Vaccination North-Western Provinces 1866-1877 - 1866-1877
Year: 1866
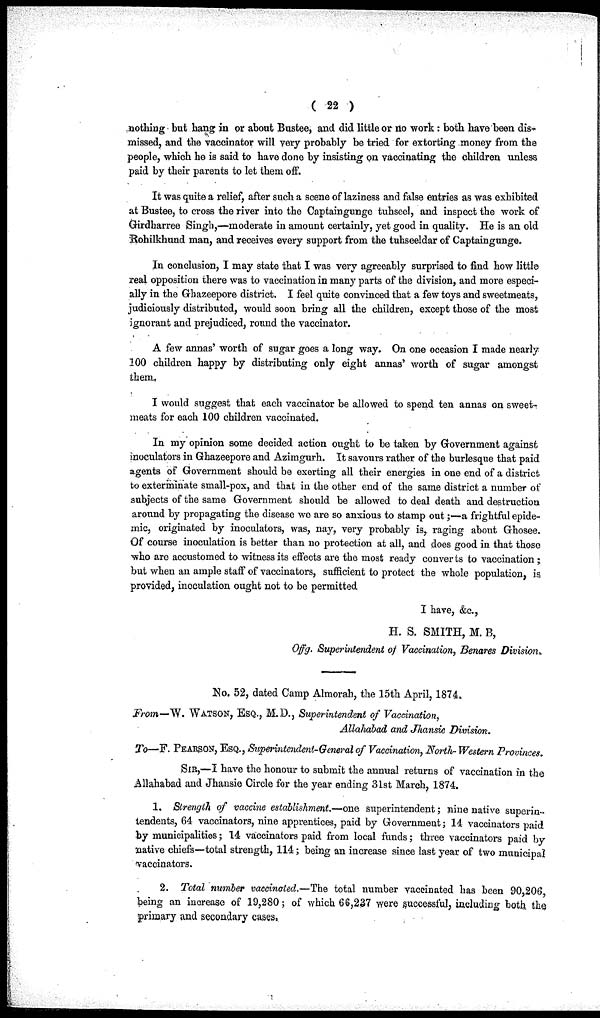
( 22 )
nothing but hang in or about Bustee, and did little or no work: both have been dis-
missed, and the vaccinator will very probably be tried for extorting money from the
people, which he is said to have done by insisting on vaccinating the children unless
paid by their parents to let them off.
It was quite a relief, after such a scene of laziness and false entries as was exhibited
at Bustee, to cross the river into the Captaingunge tuhseel, and inspect the work of
Girdharree Singh,—moderate in amount certainly, yet good in quality. He is an old
Rohilkhund man, and receives every support from the tuhseeldar of Captaingunge.
In conclusion, I may state that I was very agreeably surprised to find how little
real opposition there was to vaccination in many parts of the division, and more especi-
ally in the Ghazeepore district. I feel quite convinced that a few toys and sweetmeats,
judiciously distributed, would soon bring all the children, except those of the most
ignorant and prejudiced, round the vaccinator.
A few annas' worth of sugar goes a long way. On one occasion I made nearly
100 children happy by distributing only eight annas' worth of sugar amongst
them,
I would suggest that each vaccinator be allowed to spend ten annas on sweet-
meats for each 100 children vaccinated.
In my opinion some decided action ought to be taken by Government against
inoculators in Ghazeepore and Azimgurh. It savours rather of the burlesque that paid
agents of Government should be exerting all their energies in one end of a district
to exterminate small-pox, and that in the other end of the same district a number of
subjects of the same Government should be allowed to deal death and destruction
around by propagating the disease we are so anxious to stamp out;—a frightful epide-
mic, originated by inoculators, was, nay, very probably is, raging about Ghosee.
Of course inoculation is better than no protection at all, and does good in that those
who are accustomed to witness its effects are the most ready converts to vaccination ;
but when an ample staff of vaccinators, sufficient to protect the whole population, is,
provided, inoculation ought not to be permitted
I have, &c.,
H. S. SMITH, M. B,
Offg. Superintendent of Vaccination, Benares Division.
No. 52, dated Camp Almorah, the 15th April, 1874.
From—W. WATSON, ESQ., M.D., Superintendent of Vaccination,
Allahabad and Jhansie Division.
To—F. PEARSON, ESQ., Superintendent-General of Vaccination, North- Western Provinces.
SIR,—I have the honour to submit the annual returns of vaccination in the
Allahabad and Jhansie Circle for the year ending 31st March, 1874.
1. Strength of vaccine establishment.—one superintendent; nine native superin-
tendents, 64 vaccinators, nine apprentices, paid by Government; 14 vaccinators paid
by municipalities; 14 vaccinators paid from local funds; three vaccinators paid by
native chiefs—total strength, 114; being an increase since last year of two municipal
vaccinators.
2. Total number vaccinated.—The total number vaccinated has been 90,206,
being an increase of 19,280; of which 66,237 were successful, including both the
primary and secondary cases.